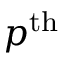
p ^ { \mathrm { t h } }